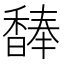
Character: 䭰